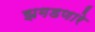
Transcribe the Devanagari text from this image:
झगडणारे